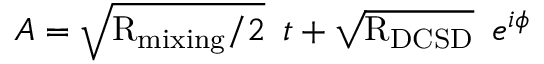
A = \sqrt { \mathrm { R } _ { \mathrm { m i x i n g } } / 2 } \: \; t + \sqrt { \mathrm { R } _ { \mathrm { D C S D } } } \: \; e ^ { i \phi }